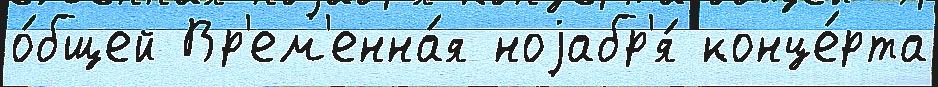
о́бщей Вр'ем'енна́я ноjабр'я́ конце́рта